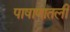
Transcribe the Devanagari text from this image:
पाषाणातली